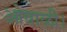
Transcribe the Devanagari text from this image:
ओवाळी।